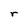
Character: r